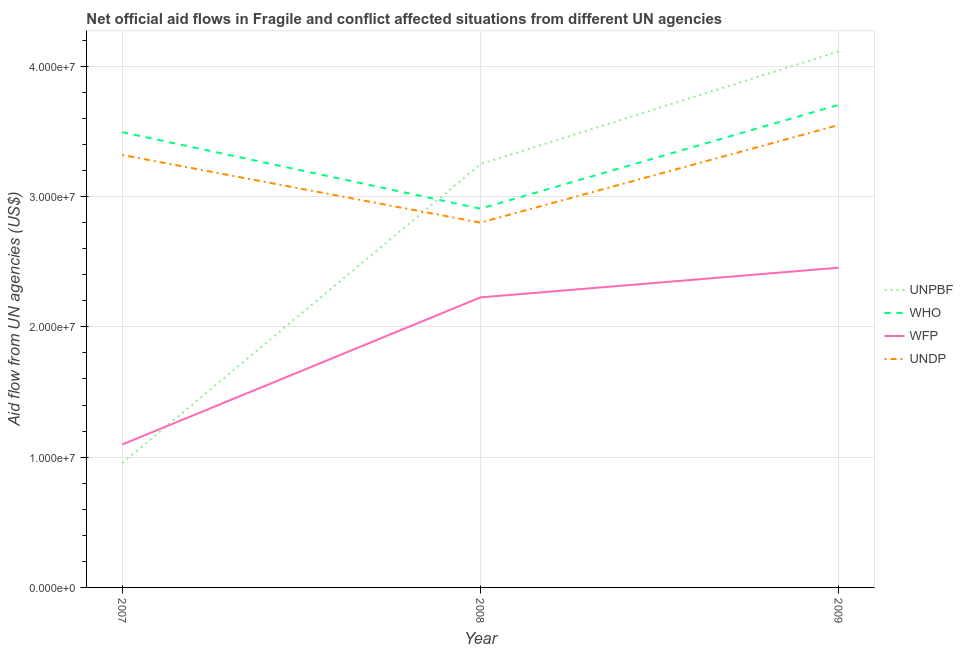
| Year | UNPBF | WHO | WFP | UNDP |
 | --- | --- | --- | --- | --- |
 | 2007 | 9.55e+06 | 3.49e+07 | 1.1e+07 | 3.32e+07 |
 | 2008 | 3.25e+07 | 2.91e+07 | 2.23e+07 | 2.8e+07 |
 | 2009 | 4.11e+07 | 3.7e+07 | 2.45e+07 | 3.55e+07 |